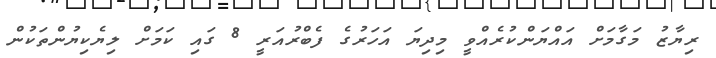
ރިޔާޒު މަގާމަށް އައްޔަންކުރެއްވީ މިދިޔަ އަހަރުގެ ފެބްރުއަރީ 8 ގައި ކަމަށް ލިޔެކިޔުންތަކުން